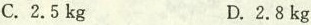
C.2.5kg D.2.8kg